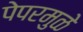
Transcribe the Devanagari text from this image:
पेपरमुळे